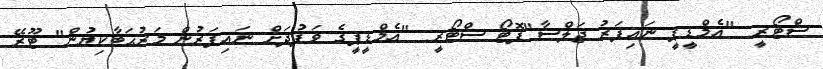
ސްޓޯރީ: "އެމްޑީޕީ ނައިފަރު ޖަލްސާ"ފޮޓޯ ސްޓޯރީ: "އެމްޑީޕީގެ ވަފުދަށް ނައިފަރުން މަރުޙަބާކިޔުން" ޓޫރޭ